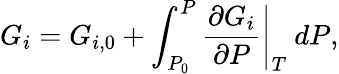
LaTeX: G_{i}=G_{i,0}+\int_{P_{0}}^{P}\left.\frac{\partial G_{i}}{\partial P}\right\vert_{T}~dP,